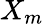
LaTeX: X_{m}